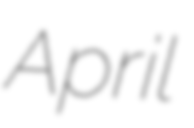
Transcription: April